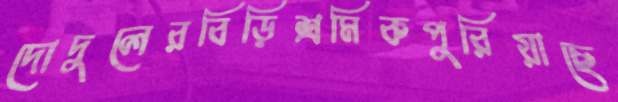
দোদুলেরবিড়িশ্রমিকপুরিয়াছে